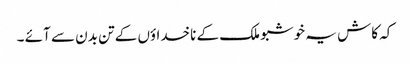
کہ کاش یہ خوشبو ملک کے ناخداؤں کے تن بدن سے آئے ۔